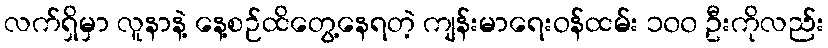
လက်ရှိမှာ လူနာနဲ့ နေ့စဉ်ထိတွေ့နေရတဲ့ ကျန်းမာရေးဝန်ထမ်း ၁၀၀ ဦးကိုလည်း